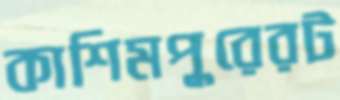
কাশিমপুরেরট